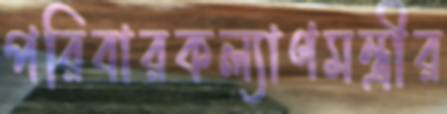
পরিবারকল্যাণমন্ত্রীর